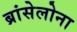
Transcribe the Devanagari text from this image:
ब्रांसेलोना